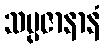
သမ္ပဇာနာနံ